Mental hospitals Bombay report 1921-28 - 1921-1928
Year: 1921
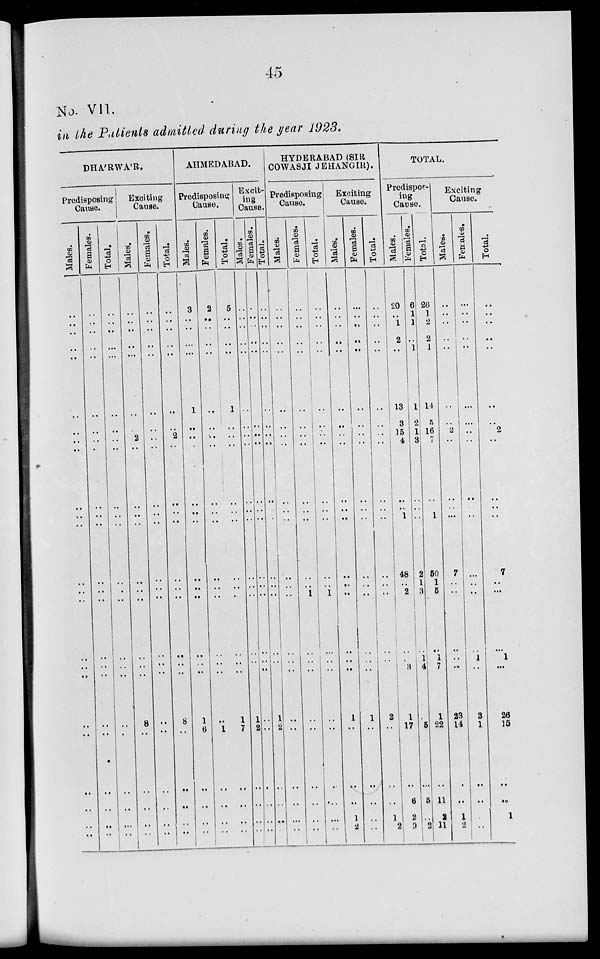
45
No. VII.
in the Patients admitted during the year 1923.
DHA'RWA'R.
Predisposing
Cause.
Males.
..
..
..
..
..
..
..
..
..
..
..
..
..
..
..
..
..
..
..
..
..
..
..
Females.
..
..
..
..
..
..
..
..
..
..
..
..
..
..
..
..
..
..
..
..
..
..
..
Total.
..
..
..
..
..
..
..
..
..
..
..
..
..
..
..
..
..
..
..
..
..
..
..
Exciting
Cause.
Males.
..
..
..
..
..
..
..
2
..
..
..
..
..
..
..
..
..
8
..
..
..
..
..
Females.
..
..
..
..
..
..
..
..
..
..
..
..
..
..
..
..
..
..
..
..
..
..
..
Total.
..
..
..
..
..
..
..
2
..
..
..
..
..
..
..
..
..
8
..
..
..
..
..
AHMEDABAD.
Predisposing
Cause.
Males.
3
..
..
..
..
1
..
..
..
..
..
..
..
..
..
..
..
1
6
..
..
..
..
Females.
2
..
..
..
..
..
..
..
..
..
..
..
..
..
..
..
..
..
1
..
..
..
..
Total.
5
..
..
..
..
1
..
..
..
..
..
..
..
..
..
..
..
1
7
..
..
..
..
Excit-
ing
Cause.
Males.
..
..
..
..
..
..
..
..
..
..
..
..
..
..
..
..
..
..
..
..
..
..
..
Females.
..
..
..
..
..
..
..
..
..
..
..
..
..
..
..
..
..
1
2
..
..
..
..
Total.
..
..
..
..
..
..
..
..
..
..
..
..
..
..
..
..
..
..
..
..
..
..
..
HYDERABAD (SIR
COWASJI JEHANGIR).
Predisposing
Cause.
Males.
..
..
..
..
..
..
..
..
..
..
..
..
..
..
..
..
..
..
..
..
..
..
..
Females.
..
..
..
..
..
..
..
..
..
..
..
..
..
..
1
..
..
..
..
..
..
..
..
Total.
..
..
..
..
..
..
..
..
..
..
..
..
..
..
1
..
..
..
..
..
..
..
..
Exciting
Cause.
Males.
..
..
..
..
..
..
..
..
..
..
..
..
..
..
..
..
..
1
..
..
..
1
2
Females.
..
..
..
..
..
..
..
..
..
..
..
..
..
..
..
..
..
1
..
..
..
..
..
Total.
..
..
..
..
..
..
..
..
..
..
..
..
..
..
..
..
..
2
..
..
..
1
2
TOTAL.
Predispos¬
ing
Cause.
Males.
20
..
1
2
..
13
3
15
4
..
..
1
48
2
3
1
17
..
6
2
9
Females.
6
1
1
..
1
1
2
1
3
..
..
..
2
1
3
1
4
..
5
..
5
..
2
Total.
26
1
2
2
1
14
5
16
7
..
..
1
50
1
5
1
7
1
22
..
11
2
11
Exciting
Cause.
Males.
..
..
..
..
..
..
..
2
..
..
..
..
7
..
..
..
..
23
14
..
..
1
2
Females.
..
..
..
..
..
..
..
..
..
..
..
..
..
..
..
1
..
3
1
..
..
..
..
Total.
..
..
..
..
..
..
..
2
..
..
..
..
7
..
..
1
...
26
15
..
..
1
2